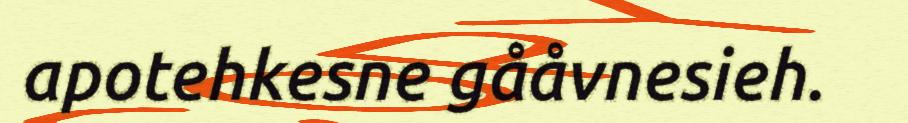
apotehkesne gååvnesieh.